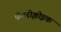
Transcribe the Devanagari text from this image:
फॅनरोझोइक